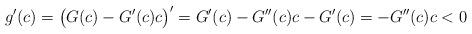
LaTeX: \begin{align*}g'(c) = \big( G(c)-G'(c)c \big)' = G'(c) - G''(c)c - G'(c) = -G''(c)c < 0\end{align*}